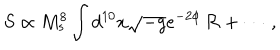
S \propto { M _ { s } ^ { 8 } } \int d ^ { 1 0 } x \sqrt { - g } e ^ { - 2 \phi } \, { \cal R } + \cdots \, ,